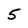
Character: 5